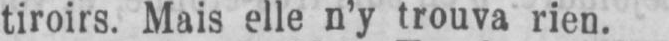
tiroirs. Mais elle n’y trouva rien.